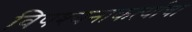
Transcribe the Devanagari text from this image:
विपश्यनाकर्त्याचा